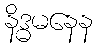
နိဒ္ဓမနေန